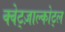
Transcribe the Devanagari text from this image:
क्वेट्ज़ाल्कोट्ल